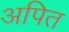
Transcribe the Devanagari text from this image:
अपित